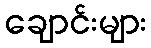
ချောင်းများ